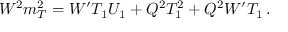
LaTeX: W ^ { 2 } m _ { T } ^ { 2 } = W ^ { \prime } T _ { 1 } U _ { 1 } + Q ^ { 2 } T _ { 1 } ^ { 2 } + Q ^ { 2 } W ^ { \prime } T _ { 1 } \, .